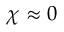
\chi \approx 0